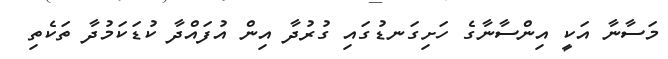
މަސާނާ އަކީ އިންސާނާގެ ހަށިގަނޑުގައި ގުރުދާ އިން އުފައްދާ ކުޑަކަމުދާ ތަކެތި